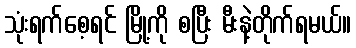
သုံးရက်စေ့ရင် မြို့ကို စပြီး မီးနဲ့တိုက်ရမယ်။